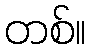
တစ်။